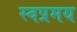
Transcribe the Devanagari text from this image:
स्वप्रमय